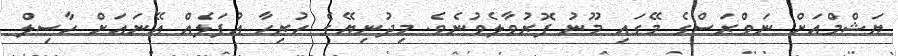
ޔަޝްމްއަށް ނަވްރަސްގެ މޭގައި މޫނު ފޮރުވާލެވުނެވެ. މިދުނިޔޭގެ ހުރިހާ އުފަލެއް އޭނައަށް ހާސިލް